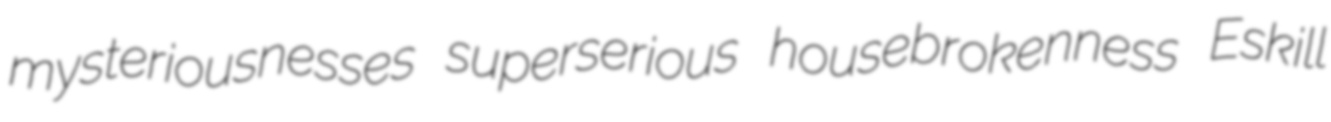
mysteriousnesses superserious housebrokenness Eskill